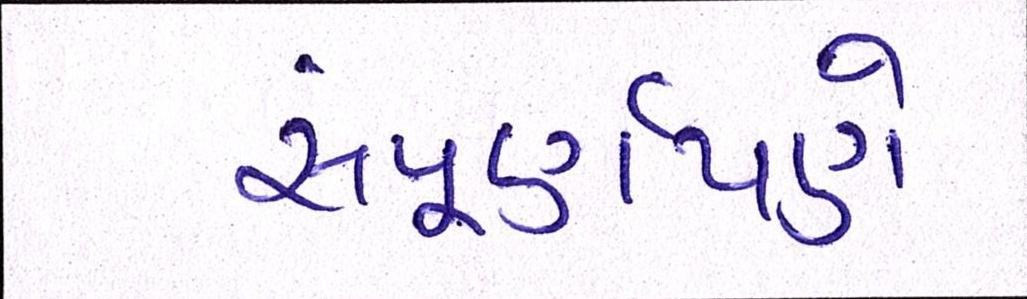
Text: સંપૂર્ણપણે